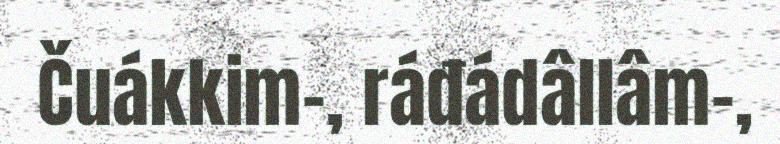
Čuákkim-, ráđádâllâm-,